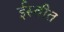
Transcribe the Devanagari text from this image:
ईस्तीत